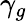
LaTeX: \gamma_{g}